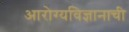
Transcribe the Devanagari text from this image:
आरोग्यविज्ञानाची